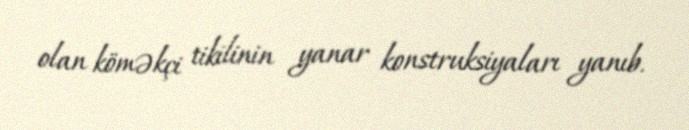
olan köməkçi tikilinin yanar konstruksiyaları yanıb.